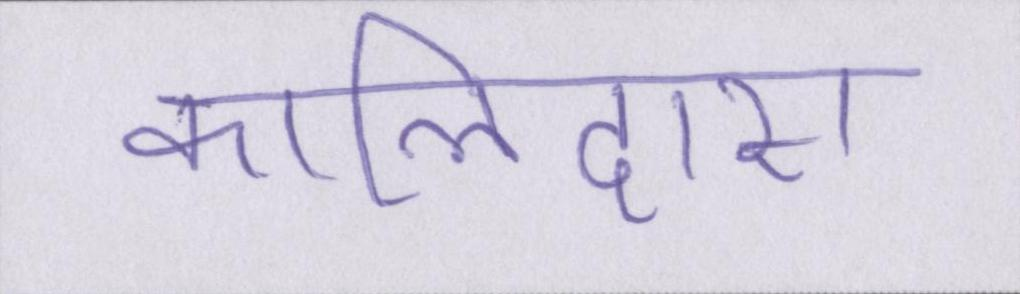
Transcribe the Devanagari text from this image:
कालिदास